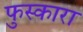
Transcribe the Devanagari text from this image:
फुस्कारा